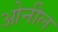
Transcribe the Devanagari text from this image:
ओनील